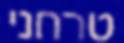
טרחני